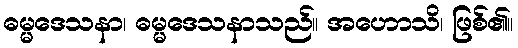
ဓမ္မဒေသနာ၊ ဓမ္မဒေသနာသည်။ အဟောသိ၊ ဖြစ်၏။